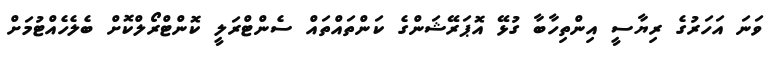
ވަނަ އަހަރުގެ ރިޔާސީ އިންތިހާބާ ގުޅޭ އޮޕަރޭޝަންގެ ކަންތައްތައް ސެންޓްރަލީ ކޮންޓްރޯލްކޮށް ބެލެހެއްޓުމަށް